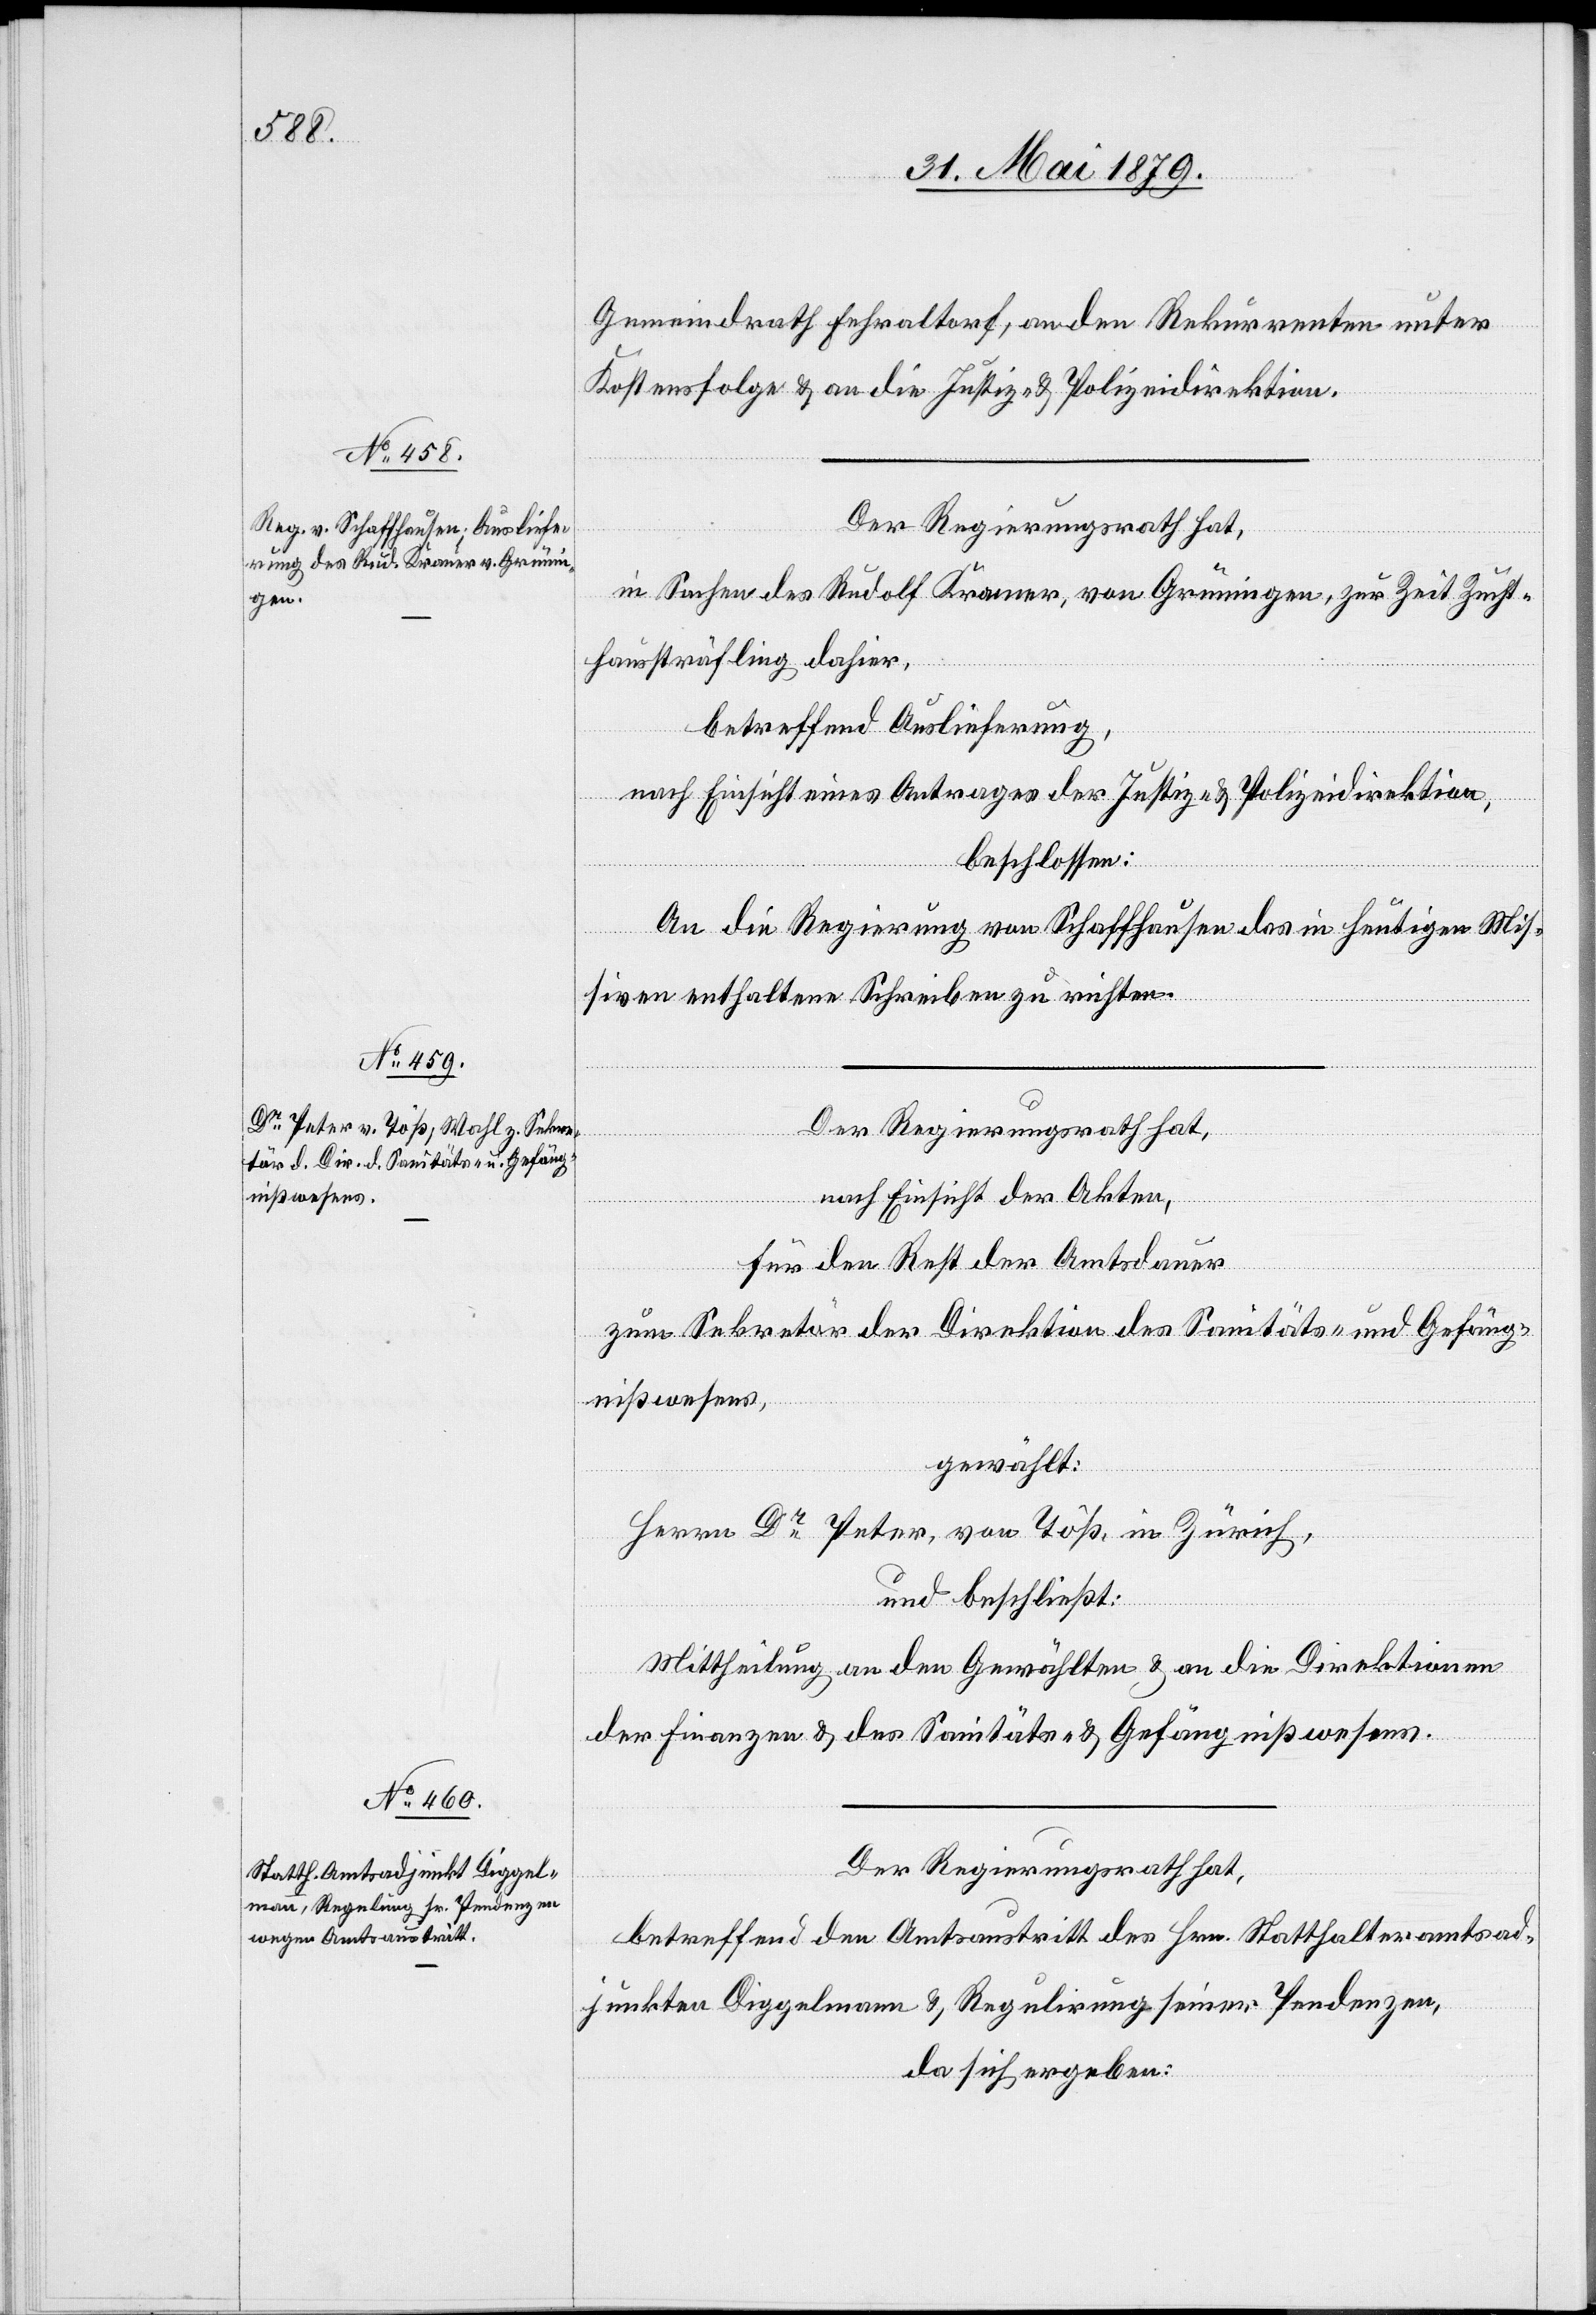
Gemeindrath Fehraltorf, an den Rekurrenten unter
Kostensfolge & an die Justiz- & Polizeidirektion.
Der Regierungsrath hat,
in Sachen des Rudolf Kramer, von Grüningen, zur Zeit Zucht¬
haussträfling dahier,
betreffend Auslieferung,
nach Einsicht eines Antrages der Justiz- & Polizeidirektion,
beschlossen:
An die Regierung von Schaffhausen das in heutigen Mis¬
siven enthaltene Schreiben zu richten.
Der Regierungsrath hat,
nach Einsicht der Akten,
für den Rest der Amtsdauer
zum Sekretär der Direktion des Sanitäts- und Gefäng¬
nißwesens,
gewählt:
Herrn Dr Peter, von Töß, in Zürich,
und beschließt:
Mittheilung an den Gewählten & an die Direktionen
der Finanzen & des Sanitäts- & Gefängnißwesens.
Der Regierungsrath hat,
betreffend den Amtsaustritt des Hrn. Statthalteramtsad¬
junkten Diggelmann & Regulirung seiner Pendenzen,
da sich ergeben: